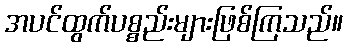
အပင်ထွက်ပစ္စည်းများဖြစ်ကြသည်။